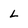
Character: L